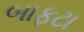
બાફટા